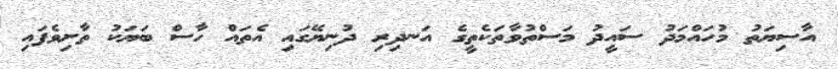
އާސިޔަތު މުހައްމަދު ސައީދު މަސްތުވާތަކެތީގެ އަނދިރި ދުނިޔޭގައި އެތައް ހާސް ބަޔަކު ތާށިވެފައި